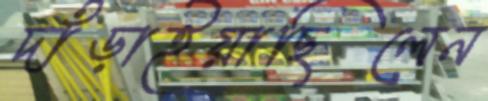
দাঁড়াইয়াছিলেন